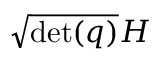
{ \sqrt { \operatorname* { d e t } ( q ) } } H